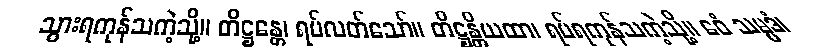
သွားရကုန်သကဲ့သို့။ တိဋ္ဌန္တေ၊ ရပ်လတ်သော်။ တိဋ္ဌန္တိယထာ၊ ရပ်ရကုန်သကဲ့သို့။ ဧဝံ သမ္ပဒံ၊